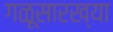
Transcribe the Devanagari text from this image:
गळूसारख्या